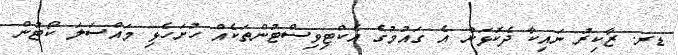
ޑރ. ޒާކިރު ނައިކާ ދެކޮޅަށް އެ ގައުމުގެ އެކްޓިވިސްޓުންތަކެއް ހުށަހެޅި މައްސަލަ ކޯޓުން